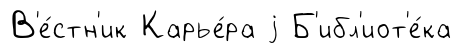
В'е́стн'ик Карье́ра j Б'ибл'иот'е́ка